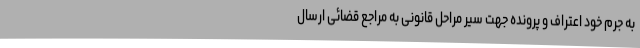
به جرم خود اعتراف و پرونده جهت سیر مراحل قانونی به مراجع قضائی ارسال